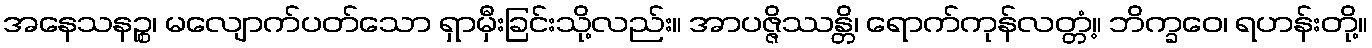
အနေသနဉ္စ၊ မလျောက်ပတ်သော ရှာမှီးခြင်းသို့လည်း။ အာပဇ္ဇိဿန္တိ၊ ရောက်ကုန်လတ္တံ့။ ဘိက္ခဝေ၊ ရဟန်းတို့။